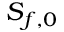
S _ { f , 0 }